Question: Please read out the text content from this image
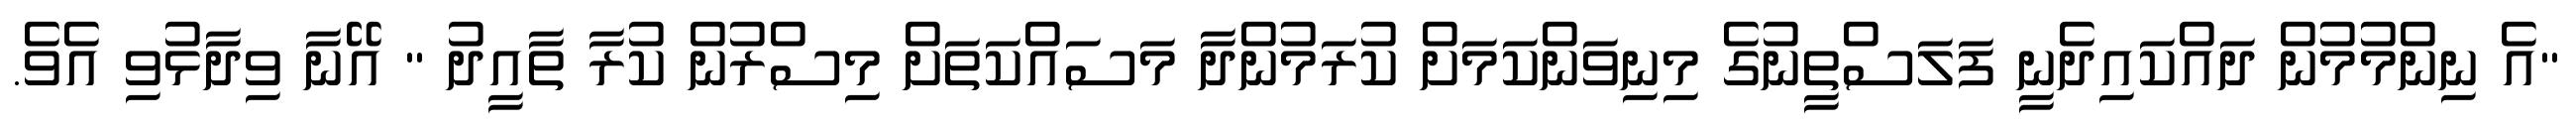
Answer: "އެ ނިންމުމުން ދައްކައިދެނީ ފަލަސްތީނުގެ މިނިވަންކަމަށް ކުރަމުންދާ މަސައްކަތަށް މިސްރުން ކުރާ ތާއީދު " އޭނާ ވިދާޅުވި އެވެ.